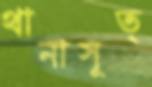
থানাসূত্